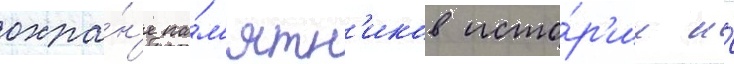
охра́н'е па́м'ятн'иков исто́р'ии и́